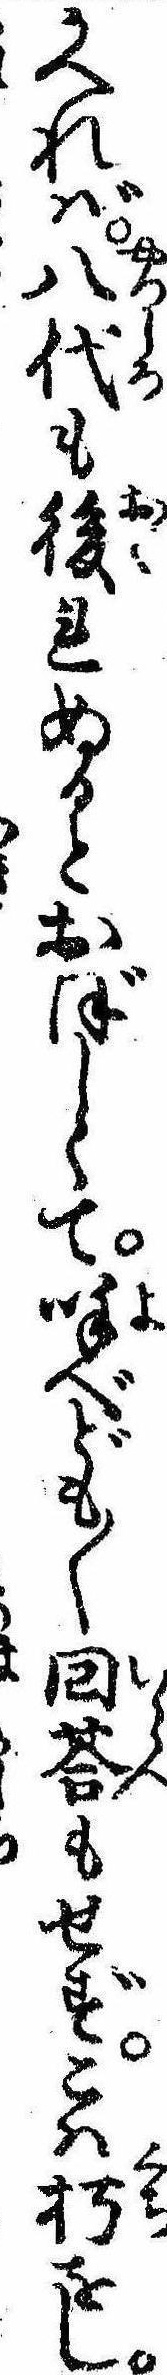
かへれば八代も後れぬるとおぼしくて呼べども〱回荅もせずこは朽をし